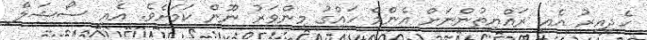
ހެދިއިރު އެއީ ރައްޔިތުންނަށް އެންމެ ހައްގު މިންވަރު ނޫން ކަމަށެވެ. އެއީ ސޯޝަލް